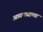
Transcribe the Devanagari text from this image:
अासपासच्या